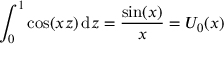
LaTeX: \int _ { 0 } ^ { 1 } \cos ( x z ) \, \mathrm { d } z = { \frac { \sin ( x ) } { x } } = U _ { 0 } ( x )